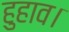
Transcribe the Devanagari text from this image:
हुहाव।